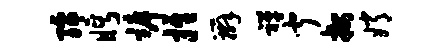
孺眄裤推辫禅闻按嫦